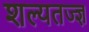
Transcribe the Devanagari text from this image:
शल्यतज्‍ज्ञ